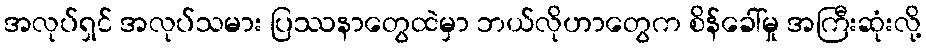
အလုပ်ရှင် အလုပ်သမား ပြဿနာတွေထဲမှာ ဘယ်လိုဟာတွေက စိန်ခေါ်မှု အကြီးဆုံးလို့